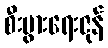
စီးပွားရေးဇုန်